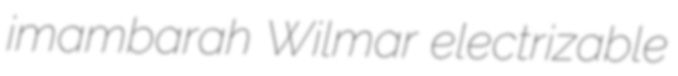
imambarah Wilmar electrizable